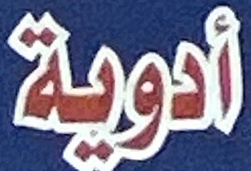
أدویة